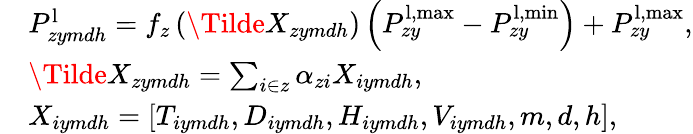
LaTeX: \begin{array}{rl}&{P_{zymdh}^{\mathrm{l}}=f_{z}\left(\Tilde{X}_{zymdh}\right)\left(P_{zy}^{\mathrm{l},\operatorname*{max}}-P_{zy}^{\mathrm{l},\operatorname*{min}}\right)+P_{zy}^{\mathrm{l},\operatorname*{max}},}\\ &{\Tilde{X}_{zymdh}=\sum_{i\in z}\alpha_{zi}{X}_{iymdh},}\\ &{{X}_{iymdh}=[{T}_{iymdh},D_{iymdh},H_{iymdh},V_{iymdh},m,d,h],}\end{array}